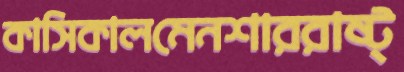
কাসিকালমেনশাররাষ্ট্